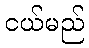
ငယ်မည်